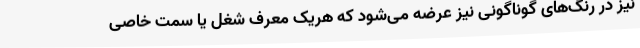
نیز در رنگ‌های گوناگونی نیز عرضه می‌شود که هریک معرف شغل یا سمت خاصی